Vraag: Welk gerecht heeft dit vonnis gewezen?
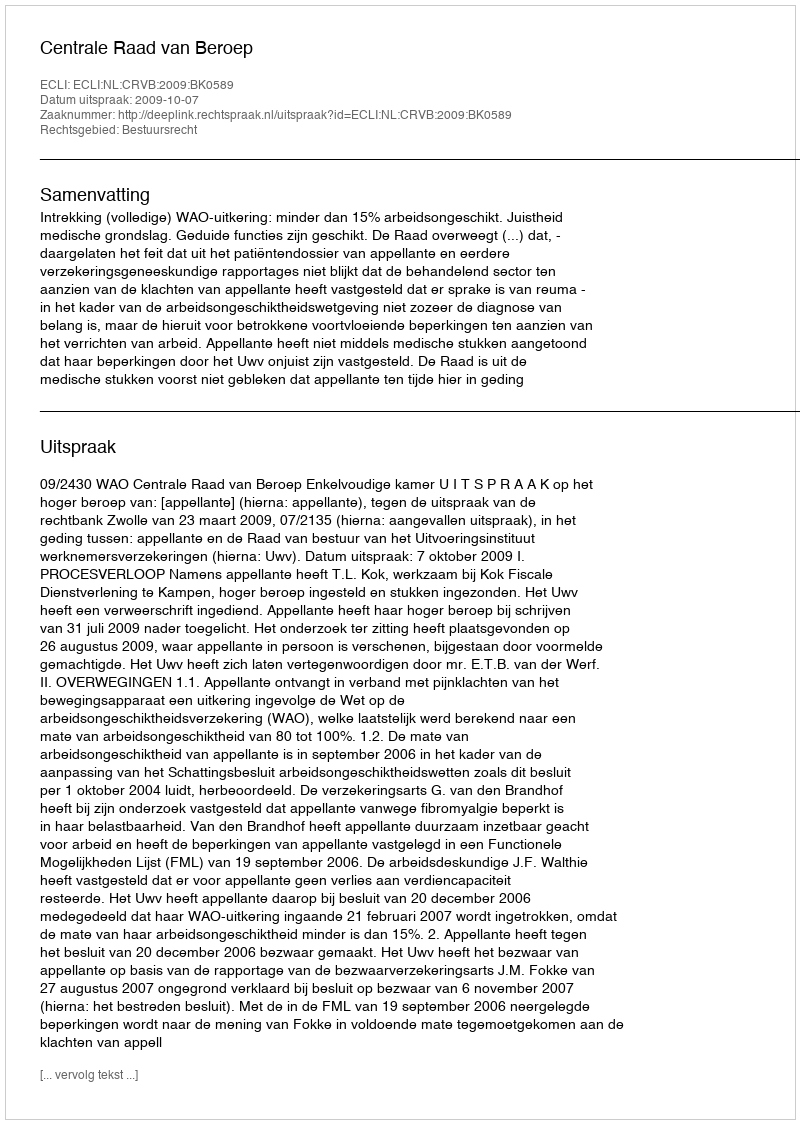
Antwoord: Centrale Raad van Beroep